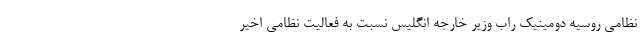
نظامی روسیه دومینیک راب وزیر خارجه انگلیس نسبت به فعالیت نظامی اخیر